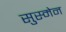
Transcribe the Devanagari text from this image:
सुस्मेन